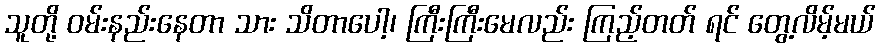
သူတို့ ဝမ်းနည်းနေတာ သား သိတာပေါ့၊ ကြီးကြီးမေလည်း ကြည့်တတ် ရင် တွေ့လိမ့်မယ်